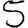
Digit: 5